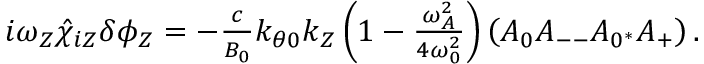
\begin{array} { r } { i \omega _ { Z } \hat { \chi } _ { i Z } \delta \phi _ { Z } = - \frac { c } { B _ { 0 } } k _ { \theta 0 } k _ { Z } \left( 1 - \frac { \omega _ { A } ^ { 2 } } { 4 \omega _ { 0 } ^ { 2 } } \right) \left( A _ { 0 } A _ { -- } A _ { 0 ^ { * } } A _ { + } \right) . } \end{array}